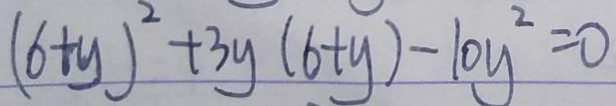
( 6 + y ) ^ { 2 } + 3 y ( 6 + y ) - 1 0 y ^ { 2 } = 0